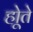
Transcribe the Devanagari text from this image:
होूते